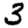
Digit: 3